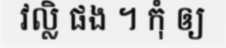
វល្លិ ផង ។ កុំ ឲ្យ